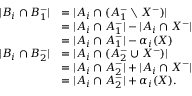
\begin{array} { r l } { | B _ { i } \cap B _ { 1 } ^ { - } | } & { = | A _ { i } \cap ( A _ { 1 } ^ { - } \setminus X ^ { - } ) | } \\ & { = | A _ { i } \cap A _ { 1 } ^ { - } | - | A _ { i } \cap X ^ { - } | } \\ & { = | A _ { i } \cap A _ { 1 } ^ { - } | - \alpha _ { i } ( X ) } \\ { | B _ { i } \cap B _ { 2 } ^ { - } | } & { = | A _ { i } \cap ( A _ { 2 } ^ { - } \cup X ^ { - } ) | } \\ & { = | A _ { i } \cap A _ { 2 } ^ { - } | + | A _ { i } \cap X ^ { - } | } \\ & { = | A _ { i } \cap A _ { 2 } ^ { - } | + \alpha _ { i } ( X ) . } \end{array}